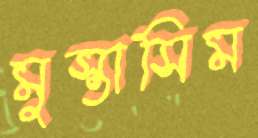
মুস্তাসিম